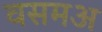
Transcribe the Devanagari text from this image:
वसमअ